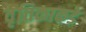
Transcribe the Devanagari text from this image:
वृत्तिकाकडे